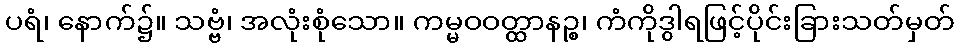
ပရံ၊ နောက်၌။ သဗ္ဗံ၊ အလုံးစုံသော။ ကမ္မဝဝတ္ထာနဉ္စ၊ ကံကိုဒွါရဖြင့်ပိုင်းခြားသတ်မှတ်